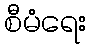
စီမံရေး